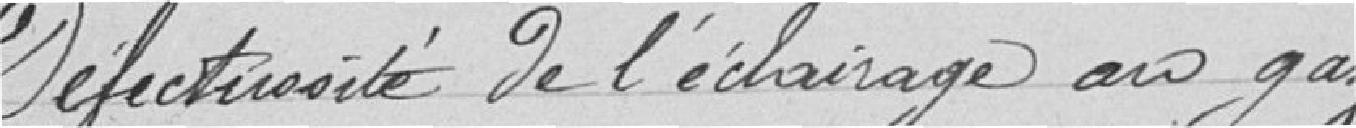
Défectivité de l'éclairage au gaz.